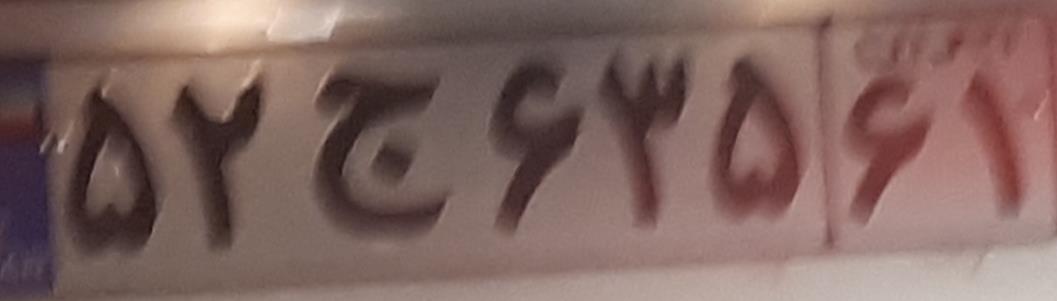
۵۲ج۶۳۵۶۱